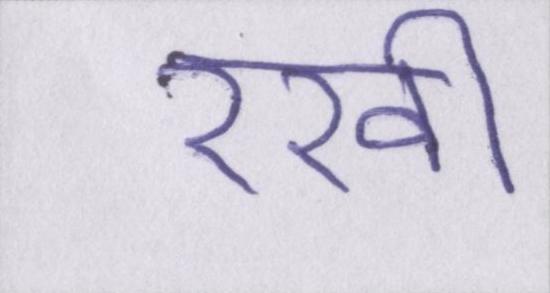
रखी